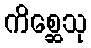
ကိစ္ဆေသု